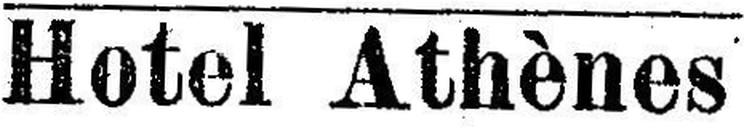
Hotel Athènes